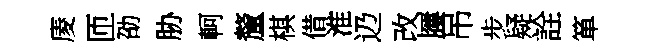
庱匝劭胁軻釐棋借淮辸改屨吊步疑詮箪